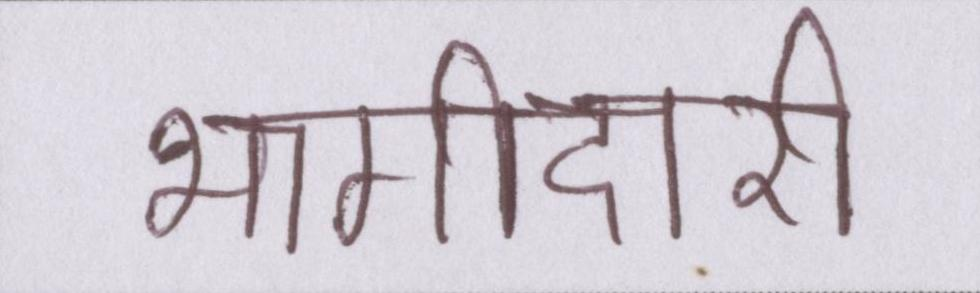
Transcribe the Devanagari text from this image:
भागीदारी